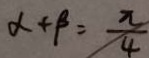
\alpha + \beta = \frac { \pi } { 4 }